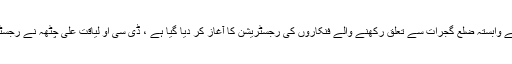
گجرات(جی پی آئی) حکومت پنجا ب کی ہدایات کے مطابق فن اور کلچر کے فروغ کیلئے ان شعبہ جات سے وابستہ ضلع گجرات سے تعلق رکھنے والے فنکاروں کی رجسٹریشن کا آغاز کر دیا گیا ہے ، ڈی سی او لیاقت علی چٹھہ نے رجسٹریشن کے عمل کی نگرانی کیلئے ڈسٹرکٹ انفارمیشن آفیسر سید وقار نقوی کو فوکل پرسن مقرر کردیا ہے۔